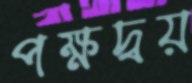
পক্ষদ্বয়